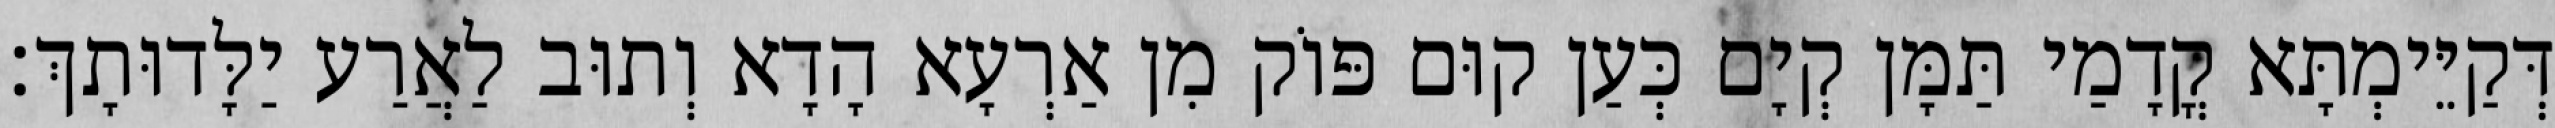
דְּקַיֵּימְתָּא קֳדָמַי תַּמָּן קְיָם כְּעַן קוּם פּוֹק מִן אַרְעָא הָדָא וְתוּב לַאֲרַע יַלָּדוּתָךְ׃